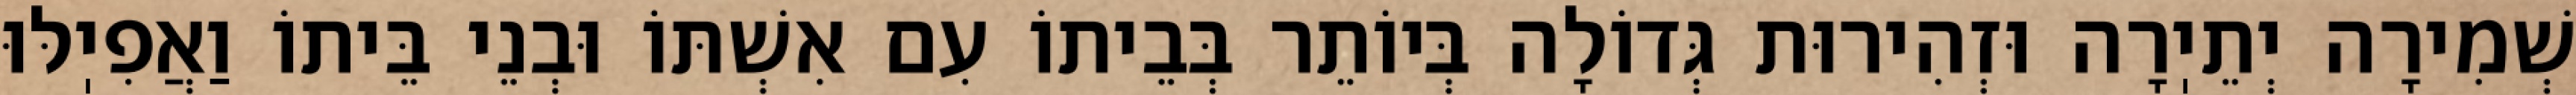
שְׁמִירָה יְתֵיֽרָה וּזְהִירוּת גְּדוֹלָה בְּיוֹתֵר בְּבֵיתוֹ עִם אִשְׁתּוֹ וּבְנֵי בֵּיתוֹ וַאֲפִיֽלּוּ